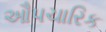
ઔપચારિક